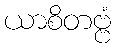
ယာစိတဗ္ဗံ